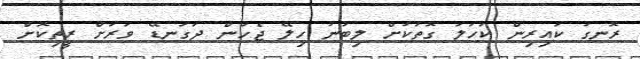
ރޮނގު ކައިރިން ކަހަލަ ގޮތަކަށް ލިބުނު ހިލޭ ޖެހުން ދަގަނޑޭ ވަރަށް ރީތިކޮށް